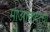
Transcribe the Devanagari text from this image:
माओवादाचा